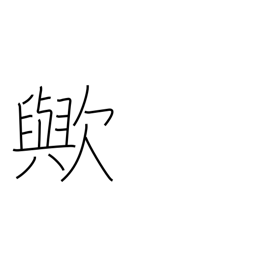
Meaning: interrogative particle